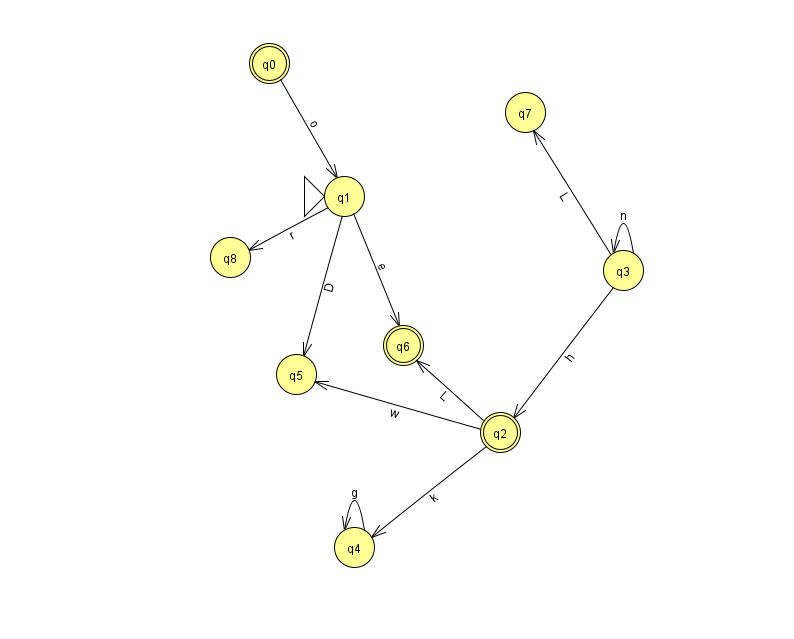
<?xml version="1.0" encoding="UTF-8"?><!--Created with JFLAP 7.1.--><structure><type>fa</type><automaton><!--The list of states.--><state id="0" name="q0"><x>269.0</x><y>50.0</y><final/></state><state id="1" name="q1"><x>344.0</x><y>183.0</y><initial/></state><state id="2" name="q2"><x>500.0</x><y>419.0</y><final/></state><state id="3" name="q3"><x>623.0</x><y>257.0</y></state><state id="4" name="q4"><x>354.0</x><y>534.0</y></state><state id="5" name="q5"><x>296.0</x><y>361.0</y></state><state id="6" name="q6"><x>403.0</x><y>332.0</y><final/></state><state id="7" name="q7"><x>525.0</x><y>99.0</y></state><state id="8" name="q8"><x>230.0</x><y>244.0</y></state><!--The list of transitions.--><transition><from>1</from><to>5</to><read>D</read></transition><transition><from>2</from><to>4</to><read>k</read></transition><transition><from>3</from><to>2</to><read>h</read></transition><transition><from>2</from><to>5</to><read>w</read></transition><transition><from>2</from><to>6</to><read>L</read></transition><transition><from>1</from><to>8</to><read>r</read></transition><transition><from>4</from><to>4</to><read>g</read></transition><transition><from>1</from><to>6</to><read>e</read></transition><transition><from>0</from><to>1</to><read>o</read></transition><transition><from>3</from><to>7</to><read>L</read></transition><transition><from>3</from><to>3</to><read>n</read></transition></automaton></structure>